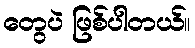
တွေပဲ ဖြစ်ပါတယ်။